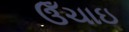
ઉઁચાઇ